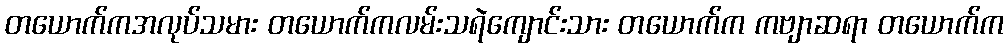
တယောက်ကအလုပ်သမား တယောက်ကလမ်းသရဲကျောင်းသား တယောက်က ကဗျာဆရာ တယောက်က